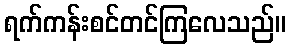
ရက်ကန်းစင်တင်ကြလေသည်။